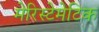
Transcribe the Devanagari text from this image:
मेरिस्टेमेटिक